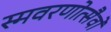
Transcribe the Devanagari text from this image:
स्मवरणोत्सैवों